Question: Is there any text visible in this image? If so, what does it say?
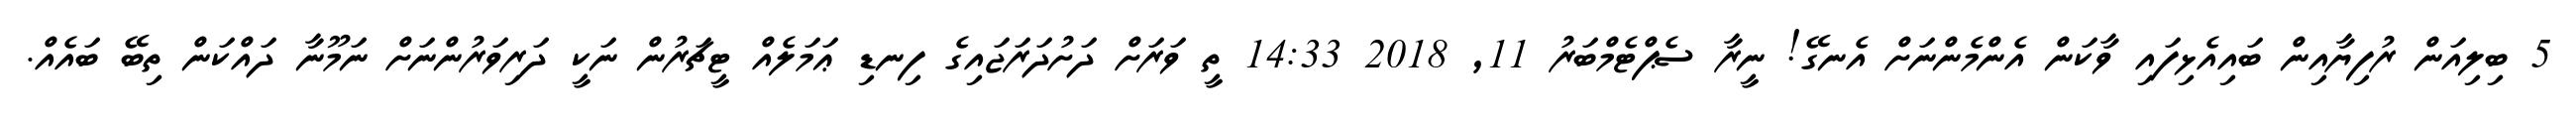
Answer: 5 ބިލިއަން ރުފިޔާއިން ބައިއެޅިފައި ވާކަން އެންމެންނަށް އެނގޭ! ނީރާ ސެޕްޓެމްބަރު 11, 2018 14:33 ތީ ވަރަށް ދަށުދަރަޖައިގެ ފިނޑި ޢަމަލެއް ޓީޗަރުން ނަކީ ދަރިވަރުންނަށް ނަމޫނާ ދައްކަން ތިބޭ ބައެއް.